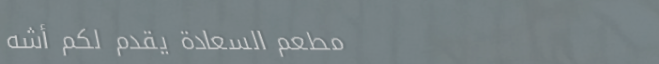
مطعم السعادة يقدم لكم أشه